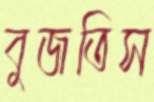
বুজতিস